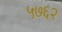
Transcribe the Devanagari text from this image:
५७६२